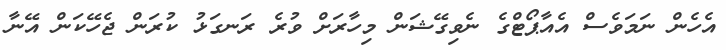
އެހެން ނަމަވެސް އެއާޕޯޓްގެ ނެވިގޭޝަން މިހާރަށް ވުރެ ރަނގަޅު ކުރަން ޖެހޭކަން އޭނާ